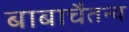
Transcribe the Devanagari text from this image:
बाबाचैतन्य